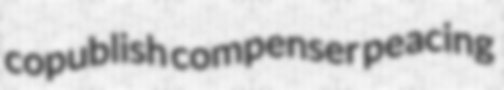
copublish compenser peacing